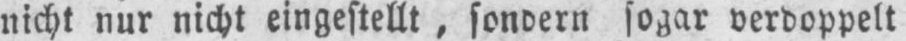
sogar verdoppelt